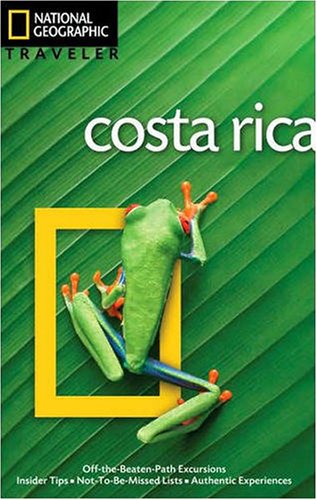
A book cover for National Geographic Traveler: Costa Rica; Christopher Baker; Travel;